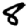
Digit: 8